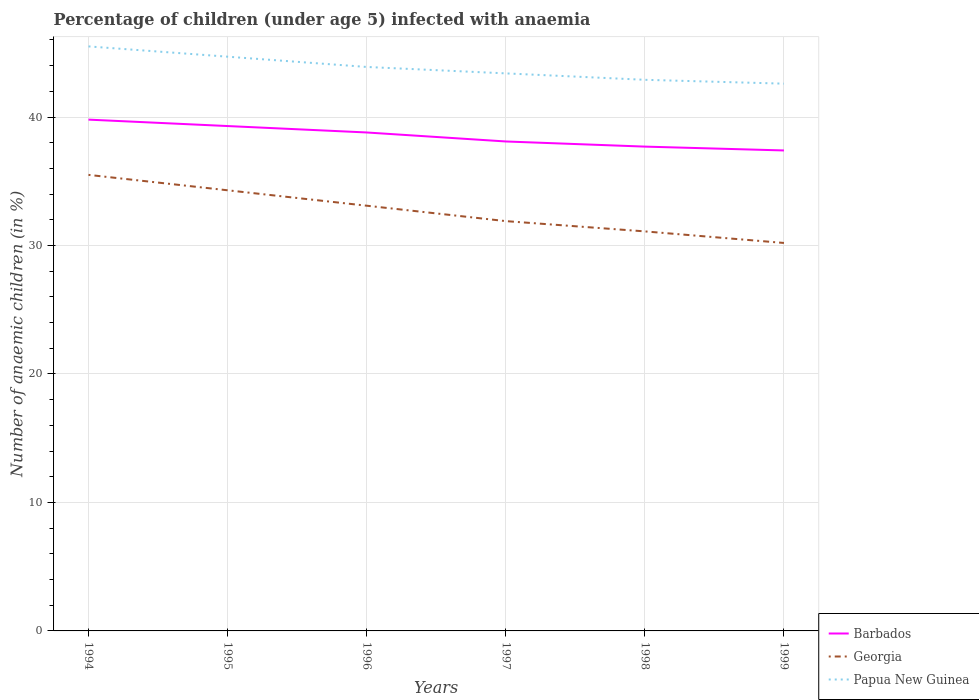
| Years | Barbados | Georgia | Papua New Guinea |
 | --- | --- | --- | --- |
 | 1994 | 39.8 | 35.5 | 45.5 |
 | 1995 | 39.3 | 34.3 | 44.7 |
 | 1996 | 38.8 | 33.1 | 43.9 |
 | 1997 | 38.1 | 31.9 | 43.4 |
 | 1998 | 37.7 | 31.1 | 42.9 |
 | 1999 | 37.4 | 30.2 | 42.6 |